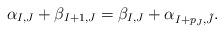
LaTeX: \begin{align*}\alpha_{I,J}+\beta_{I+1,J}=\beta_{I,J}+\alpha_{I+p_J,\tilde{J}}.\end{align*}